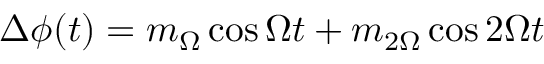
\Delta \phi ( t ) = m _ { \Omega } \cos \Omega t + m _ { 2 \Omega } \cos 2 \Omega t